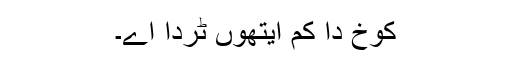
کوخ دا کم ایتھوں ٹردا اے۔